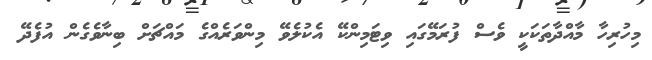
މިހުރިހާ މާއްދާތަކަކީ ވެސް ފުރަމޭގައި ވިޓަމިންކޭ އެކުލެވޭ މިންވަރެއްގެ މައްޗަށް ބިނާވެގެން އުފެދޭ